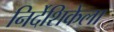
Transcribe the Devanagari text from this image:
निर्देशिकेला